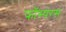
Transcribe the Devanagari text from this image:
फॉस्परस